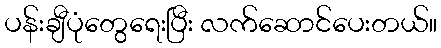
ပန်းချီပုံတွေရေးပြီး လက်ဆောင်ပေးတယ်။